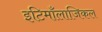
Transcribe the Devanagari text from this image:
इटिमाँलाजिकल